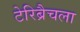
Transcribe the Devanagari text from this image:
टेरिब्रैचला